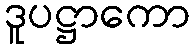
ဒူပဋ္ဌာကော